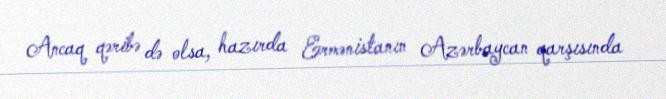
Ancaq qəribə də olsa, hazırda Ermənistanın Azərbaycan qarşısında